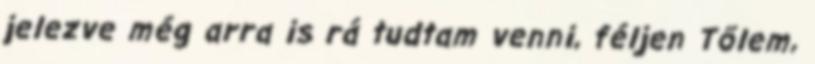
jelezve még arra is rá tudtam venni, féljen Tőlem,